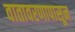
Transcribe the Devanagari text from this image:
वातावरणापासून